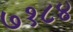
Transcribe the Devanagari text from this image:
७१८४